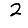
Digit: 2